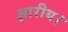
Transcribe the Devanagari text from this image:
क्षारीय।